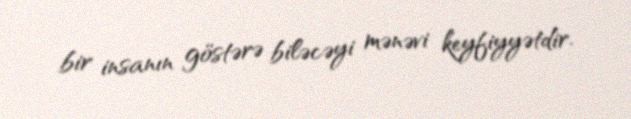
bir insanın göstərə biləcəyi mənəvi keyfiyyətdir.